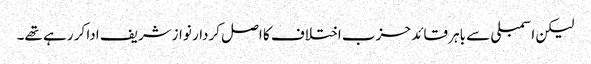
لیکن اسمبلی سے باہر قائد حزب اختلاف کا اصل کردار نوازشریف ادا کر رہے تھے۔